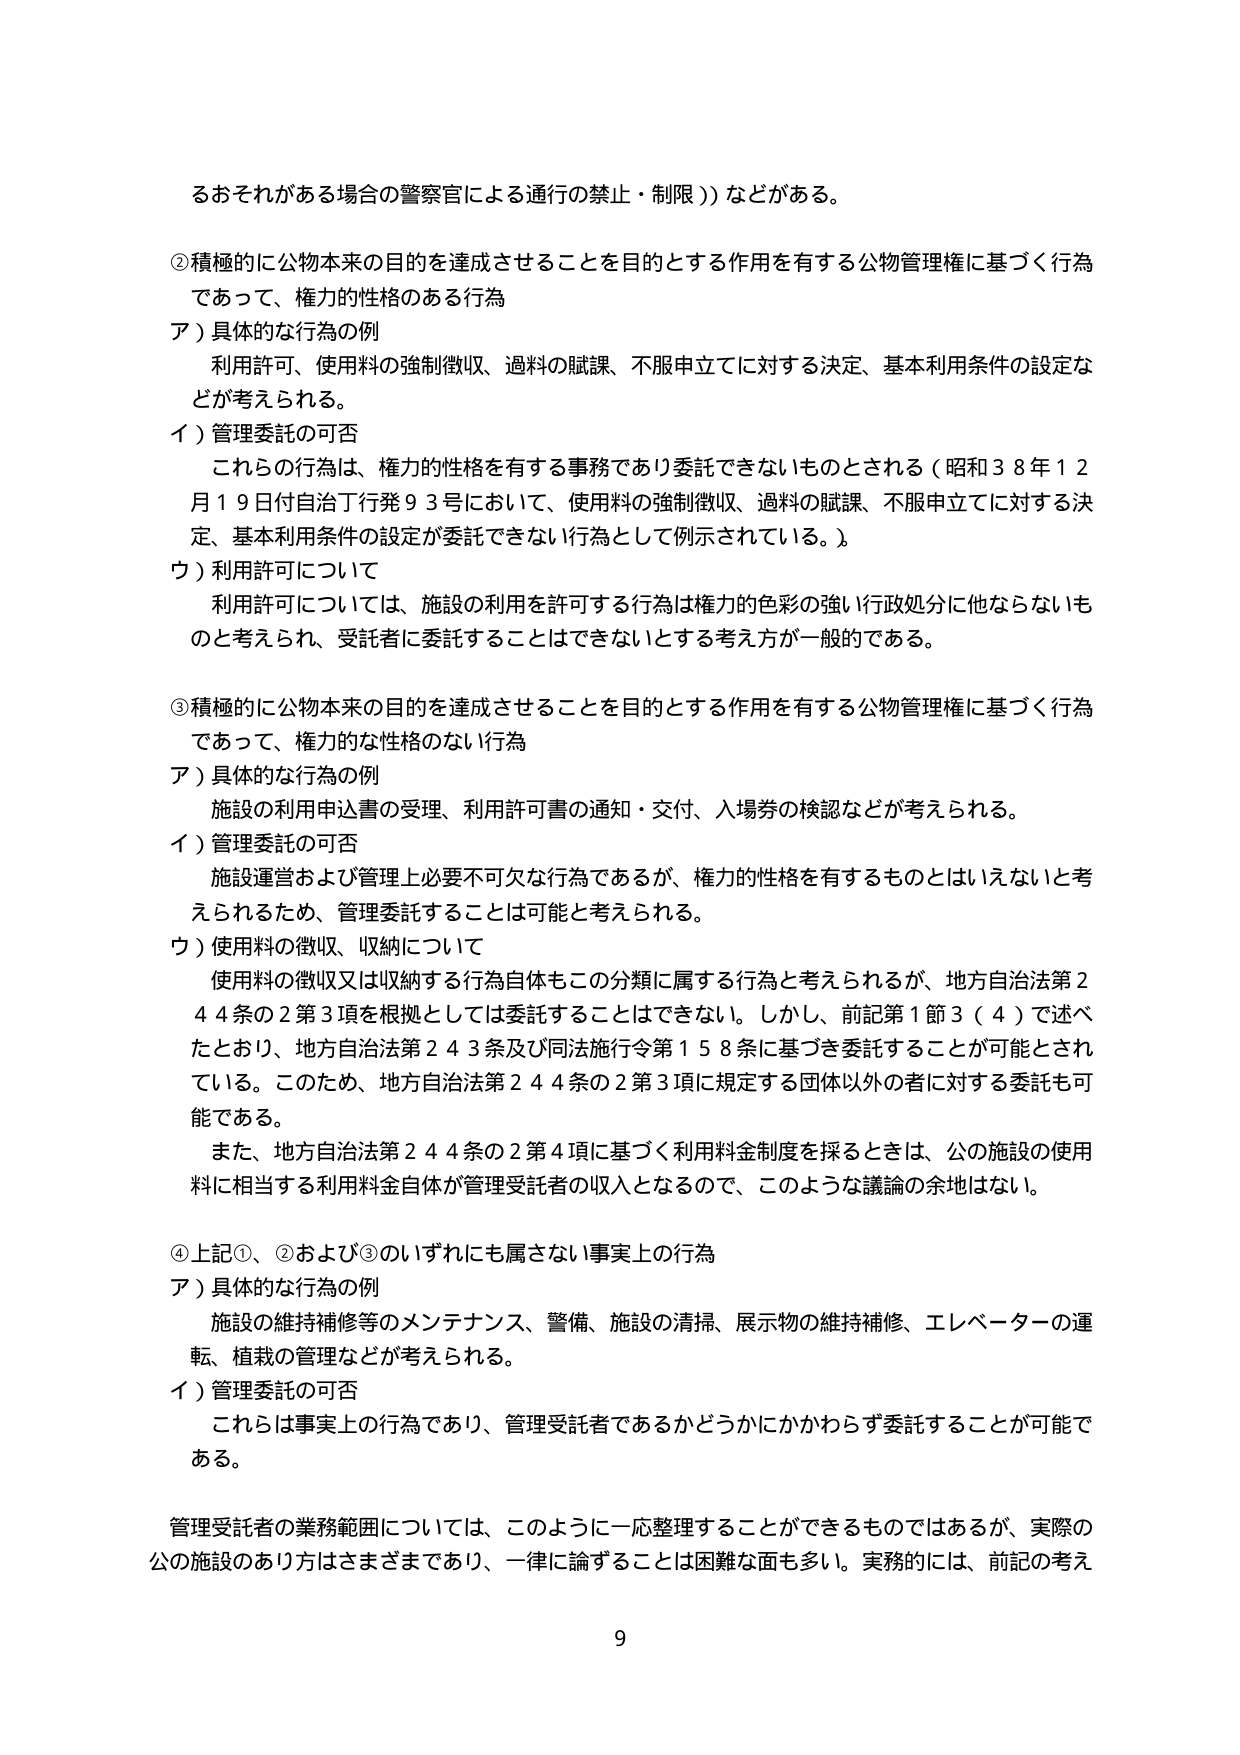
るおそれがある場合の警察官による通行の禁止・制限））などがある。

②積極的に公物本来の目的を達成させることを目的とする作用を有する公物管理権に基づく行為であって、権力的性格のある行為
ア）具体的な行為の例
　利用許可、使用料の強制徴収、過料の賦課、不服申立てに対する決定、基本利用条件の設定などが考えられる。
イ）管理委託の可否
　これらの行為は、権力的性格を有する事務であり委託できないものとされる（昭和３８年１２月１９日付自治丁行発９３号において、使用料の強制徴収、過料の賦課、不服申立てに対する決定、基本利用条件の設定が委託できない行為として例示されている。）。
ウ）利用許可について
　利用許可については、施設の利用を許可する行為は権力的色彩の強い行政処分に他ならないものと考えられ、受託者に委託することはできないとする考え方が一般的である。

③積極的に公物本来の目的を達成させることを目的とする作用を有する公物管理権に基づく行為であって、権力的な性格のない行為
ア）具体的な行為の例
　施設の利用申込書の受理、利用許可書の通知・交付、入場券の検認などが考えられる。
イ）管理委託の可否
　施設運営および管理上必要不可欠な行為であるが、権力的性格を有するものとはいえないと考えられるため、管理委託することは可能と考えられる。
ウ）使用料の徴収、収納について
　使用料の徴収又は収納する行為自体もこの分類に属する行為と考えられるが、地方自治法第２４４条の２第３項を根拠としては委託することはできない。しかし、前記第１節３（４）で述べたとおり、地方自治法第２４３条及び同法施行令第１５８条に基づき委託することが可能とされている。このため、地方自治法第２４４条の２第３項に規定する団体以外の者に対する委託も可能である。
　また、地方自治法第２４４条の２第４項に基づく利用料金制度を採るときは、公の施設の使用料に相当する利用料金自体が管理受託者の収入となるので、このような議論の余地はない。

④上記①、②および③のいずれにも属さない事実上の行為
ア）具体的な行為の例
　施設の維持補修等のメンテナンス、警備、施設の清掃、展示物の維持補修、エレベーターの運転、植栽の管理などが考えられる。
イ）管理委託の可否
　これは事実上の行為であり、管理受託者であるかどうかにかかわらず委託することが可能である。

管理受託者の業務範囲については、このように一応整理することができるものではあるが、実際の公の施設のあり方はさまざまであり、一律に論ずることは困難な面も多い。実務的には、前記の考え

9